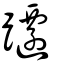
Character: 躚